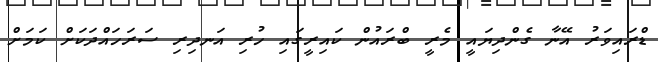
ޑްރައިވަރު އޭނާ ގެންދިޔައީ މެރީ ބްރައުން ކައިރީގައި ހުރި އަނދިރި ސަރަހައްދަކަށް ކަމަށް